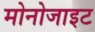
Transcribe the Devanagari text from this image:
मोनोजाइट